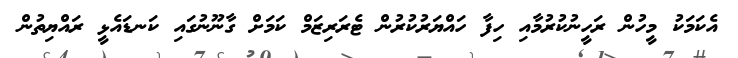
އެކަމަކު މީހުން ރަހީނުކުރުމާއި ހިފާ ހައްޔަރުކުރުން ޓެރަރިޒަމް ކަމަށް ގާނޫނުގައި ކަނޑައެޅީ ރައްޔިތުން